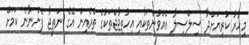
މިހާރު ކުރިޔަށްދާ ސިލްސިލާ އެއްވުންތަކާއި އިހުތިޖާޖްތަކުގެ ތެރެއިން އޭގެ ނަތީޖާ ފެންނާނެ ކަމަށް